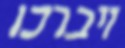
ויברכו